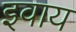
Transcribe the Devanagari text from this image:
इवाय